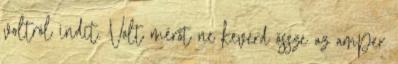
voltról indít. Volt mérőt ne keverd össze az amper